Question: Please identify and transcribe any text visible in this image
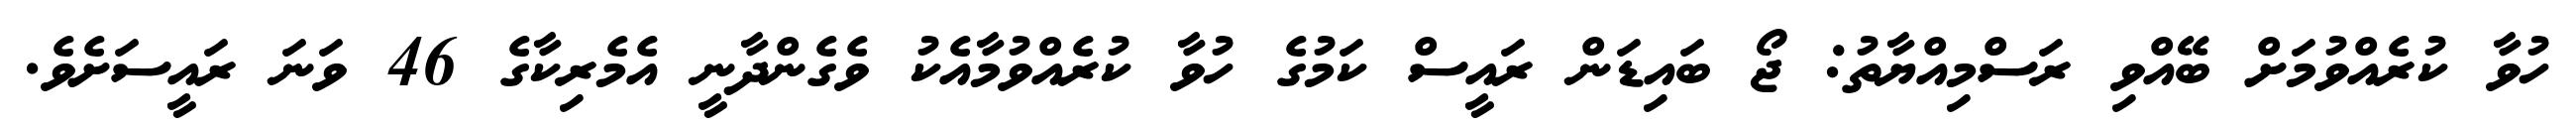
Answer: ހުވާ ކުރެއްވުމަށް ބޭއްވި ރަސްމިއްޔާތު: ޖޯ ބައިޑަން ރައީސް ކަމުގެ ހުވާ ކުރެއްވުމާއެކު ވެގެންދާނީ އެމެރިކާގެ 46 ވަނަ ރައީސަށެވެ.